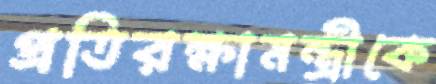
প্রতিরক্ষামন্ত্রীকে